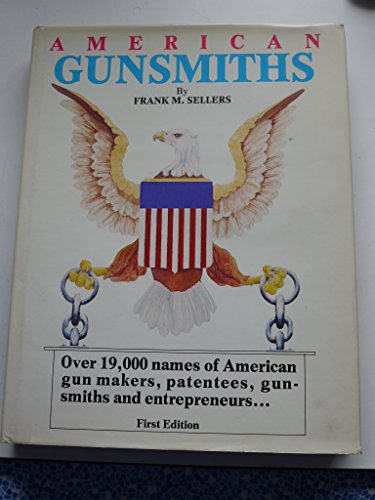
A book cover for American Gunsmiths: A Source Book; Frank M. Sellers; Crafts, Hobbies & Home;